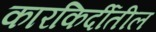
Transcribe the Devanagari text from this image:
कारकिर्दीतील